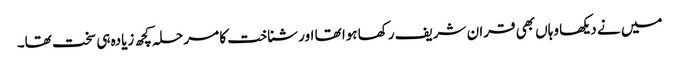
میں نے دیکھا وہاں بھی قران شریف رکھا ہوا تھا اور شناخت کا مرحلہ کچھ زیادہ ہی سخت تھا۔